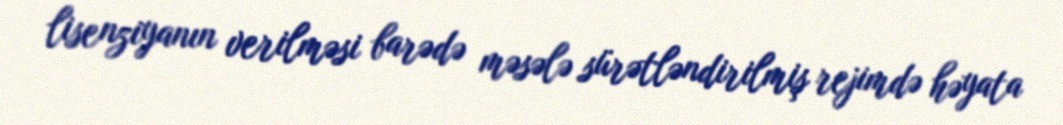
lisenziyanın verilməsi barədə məsələ sürətləndirilmiş rejimdə həyata